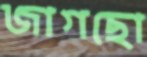
জাগছো